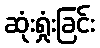
ဆုံးရှုံးခြင်း